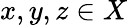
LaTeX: x,y,z\in X